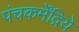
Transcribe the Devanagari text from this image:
पंचकर्मेंद्रिये